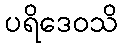
ပရိဒေဝသိ